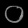
Digit: ၀